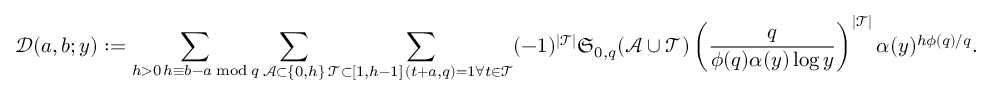
\mathcal D ( a , b ; y ) : = \sum _ { \substack { h > 0 \, h \equiv b - a \bmod q } } \sum _ { \mathcal A \subset \{ 0 , h \} } \sum _ { \substack { \mathcal T \subset [ 1 , h - 1 ] \, ( t + a , q ) = 1 \forall t \in \mathcal T } } ( - 1 ) ^ { | \mathcal T | } \mathfrak S _ { 0 , q } ( \mathcal A \cup \mathcal T ) \left( \frac { q } { \phi ( q ) \alpha ( y ) \log y } \right) ^ { | \mathcal T | } \alpha ( y ) ^ { h \phi ( q ) / q } .